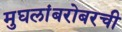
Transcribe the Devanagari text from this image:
मुघलांबरोबरची